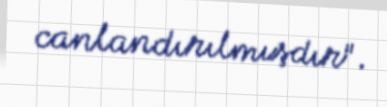
canlandırılmışdır".